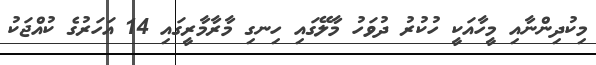
މިކުދިންނާއި މީހާއަކީ ހުކުރު ދުވަހު މާލޭގައި ހިނގި މާރާމާރީގައި 14 އަހަރުގެ ކުއްޖަކު